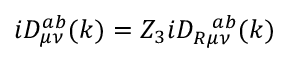
i D _ { \mu \nu } ^ { a b } ( k ) = Z _ { 3 } i D _ { R \mu \nu } ^ { ~ ~ a b } ( k )